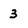
Character: 3